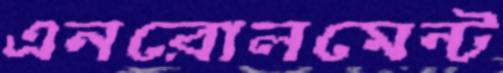
এনরোলমেন্ট